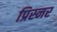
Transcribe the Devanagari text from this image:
प्रिस्नर